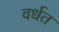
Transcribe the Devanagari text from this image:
वर्धत